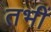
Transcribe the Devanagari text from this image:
तभीं